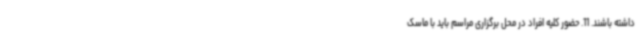
داشته باشند. 11. حضور کلیه افراد در محل برگزاری مراسم باید با ماسک